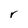
Character: r